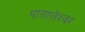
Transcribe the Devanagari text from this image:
पातालेश्‍वर